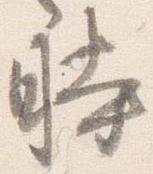
時